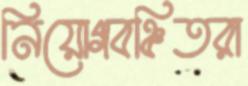
নিয়োগবঞ্চিতরা